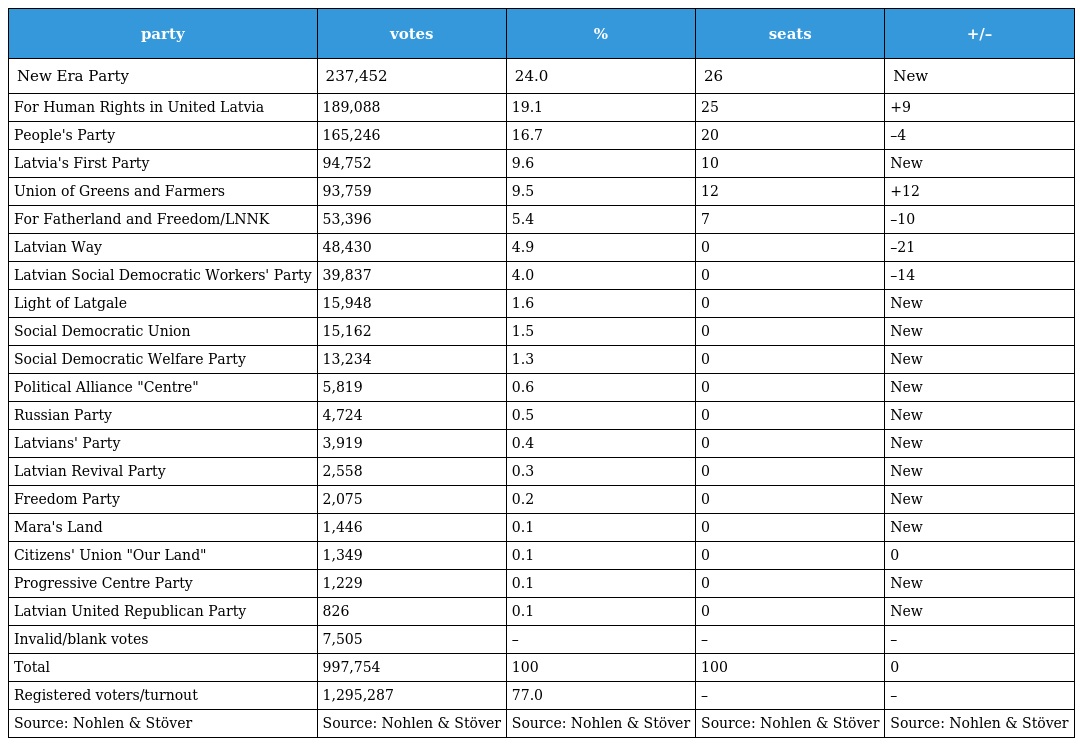
| party | votes | % | seats | +/– |
 | --- | --- | --- | --- | --- |
 | New Era Party | 237,452 | 24.0 | 26 | New |
 | For Human Rights in United Latvia | 189,088 | 19.1 | 25 | +9 |
 | People's Party | 165,246 | 16.7 | 20 | –4 |
 | Latvia's First Party | 94,752 | 9.6 | 10 | New |
 | Union of Greens and Farmers | 93,759 | 9.5 | 12 | +12 |
 | For Fatherland and Freedom/LNNK | 53,396 | 5.4 | 7 | –10 |
 | Latvian Way | 48,430 | 4.9 | 0 | –21 |
 | Latvian Social Democratic Workers' Party | 39,837 | 4.0 | 0 | –14 |
 | Light of Latgale | 15,948 | 1.6 | 0 | New |
 | Social Democratic Union | 15,162 | 1.5 | 0 | New |
 | Social Democratic Welfare Party | 13,234 | 1.3 | 0 | New |
 | Political Alliance "Centre" | 5,819 | 0.6 | 0 | New |
 | Russian Party | 4,724 | 0.5 | 0 | New |
 | Latvians' Party | 3,919 | 0.4 | 0 | New |
 | Latvian Revival Party | 2,558 | 0.3 | 0 | New |
 | Freedom Party | 2,075 | 0.2 | 0 | New |
 | Mara's Land | 1,446 | 0.1 | 0 | New |
 | Citizens' Union "Our Land" | 1,349 | 0.1 | 0 | 0 |
 | Progressive Centre Party | 1,229 | 0.1 | 0 | New |
 | Latvian United Republican Party | 826 | 0.1 | 0 | New |
 | Invalid/blank votes | 7,505 | – | – | – |
 | Total | 997,754 | 100 | 100 | 0 |
 | Registered voters/turnout | 1,295,287 | 77.0 | – | – |
 | Source: Nohlen & Stöver | Source: Nohlen & Stöver | Source: Nohlen & Stöver | Source: Nohlen & Stöver | Source: Nohlen & Stöver |